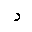
Letter: _dal